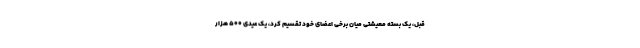
قبل، یک بسته معیشتی میان برخی اعضای خود تقسیم کرد، یک عیدی ۵۰۰ هزار